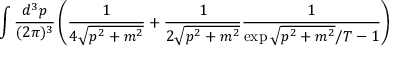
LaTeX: \int \frac { d ^ { 3 } p } { ( 2 \pi ) ^ { 3 } } \left( \frac { 1 } { 4 \sqrt { p ^ { 2 } + m ^ { 2 } } } + \frac { 1 } { 2 \sqrt { p ^ { 2 } + m ^ { 2 } } } \frac { 1 } { \exp { \sqrt { p ^ { 2 } + m ^ { 2 } } / T } - 1 } \right)